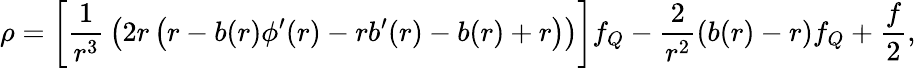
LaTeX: \rho=\left[{\frac{1}{r^{3}}}\left(2r\left(r-b(r)\phi^{\prime}(r)-rb^{\prime}(r)-b(r)+{r}\right)\right)\right]f_{Q}-\frac{2}{r^{2}}\left(b(r)-r\right)f_{Q}+\frac{f}{2},